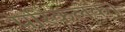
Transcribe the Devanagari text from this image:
परिकलक।